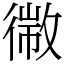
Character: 幑